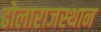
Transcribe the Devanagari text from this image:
ढोलाराजस्थान